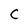
Character: C